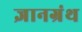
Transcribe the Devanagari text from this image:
ज्ञानग्रंथ